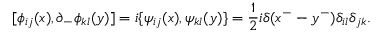
[ \phi _ { i j } ( x ) , \partial _ { - } \phi _ { k l } ( y ) ] = i \{ \psi _ { i j } ( x ) , \psi _ { k l } ( y ) \} = \frac { 1 } { 2 } i \delta ( x ^ { - } - y ^ { - } ) \delta _ { i l } \delta _ { j k } .